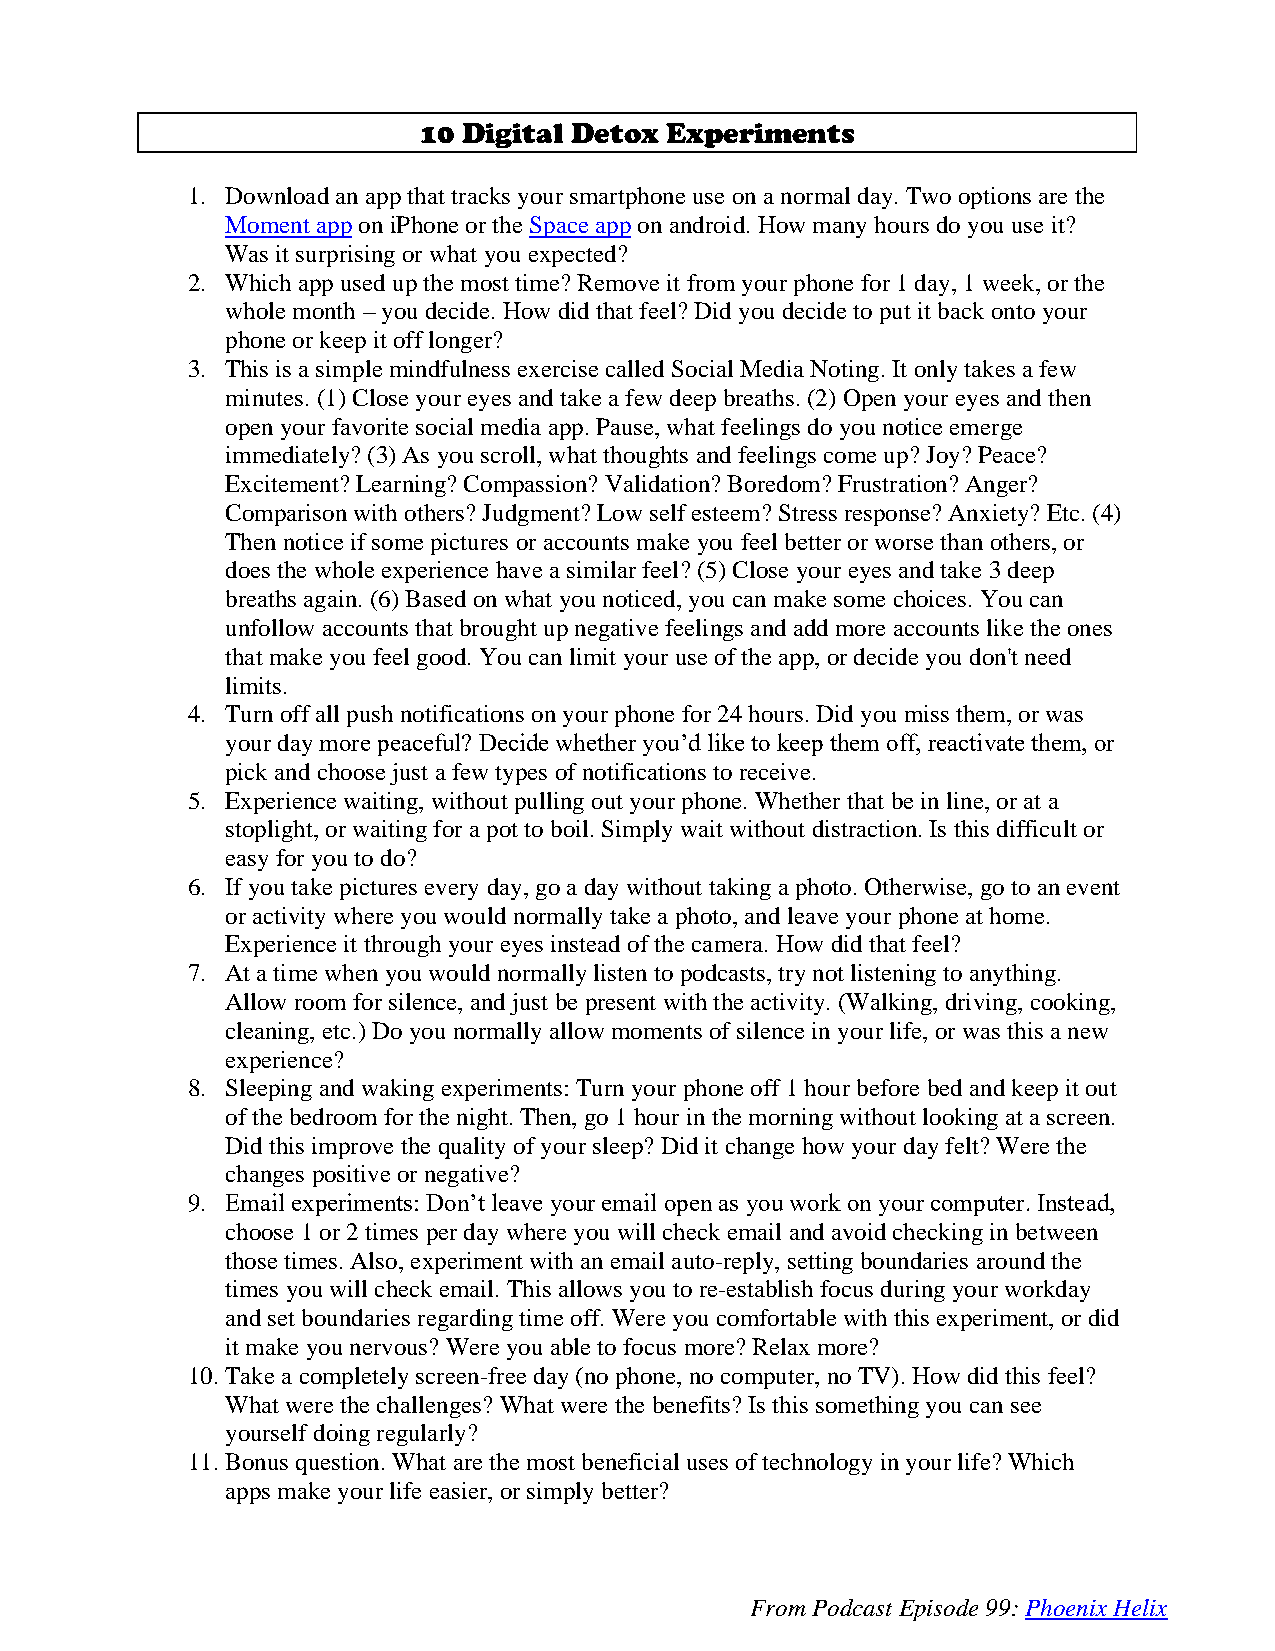
10 Digital Detox Experiments
 1. Download an app that tracks your smartphone use on a normal day. Two options are the
 Moment app on iPhone or the Space app on android. How many hours do you use it?
 Was it surprising or what you expected?
 2. Which app used up the most time? Remove it from your phone for 1 day, 1 week, or the
 whole month – you decide. How did that feel? Did you decide to put it back onto your
 phone or keep it off longer?
 3. This is a simple mindfulness exercise called Social Media Noting. It only takes a few
 minutes. (1) Close your eyes and take a few deep breaths. (2) Open your eyes and then
 open your favorite social media app. Pause, what feelings do you notice emerge
 immediately? (3) As you scroll, what thoughts and feelings come up? Joy? Peace?
 Excitement? Learning? Compassion? Validation? Boredom? Frustration? Anger?
 Comparison with others? Judgment? Low self esteem? Stress response? Anxiety? Etc. (4)
 Then notice if some pictures or accounts make you feel better or worse than others, or
 does the whole experience have a similar feel? (5) Close your eyes and take 3 deep
 breaths again. (6) Based on what you noticed, you can make some choices. You can
 unfollow accounts that brought up negative feelings and add more accounts like the ones
 that make you feel good. You can limit your use of the app, or decide you don't need
 limits.
 4. Turn off all push notifications on your phone for 24 hours. Did you miss them, or was
 your day more peaceful? Decide whether you’d like to keep them off, reactivate them, or
 pick and choose just a few types of notifications to receive.
 5. Experience waiting, without pulling out your phone. Whether that be in line, or at a
 stoplight, or waiting for a pot to boil. Simply wait without distraction. Is this difficult or
 easy for you to do?
 6. If you take pictures every day, go a day without taking a photo. Otherwise, go to an event
 or activity where you would normally take a photo, and leave your phone at home.
 Experience it through your eyes instead of the camera. How did that feel?
 7. At a time when you would normally listen to podcasts, try not listening to anything.
 Allow room for silence, and just be present with the activity. (Walking, driving, cooking,
 cleaning, etc.) Do you normally allow moments of silence in your life, or was this a new
 experience?
 8. Sleeping and waking experiments: Turn your phone off 1 hour before bed and keep it out
 of the bedroom for the night. Then, go 1 hour in the morning without looking at a screen.
 Did this improve the quality of your sleep? Did it change how your day felt? Were the
 changes positive or negative?
 9. Email experiments: Don’t leave your email open as you work on your computer. Instead,
 choose 1 or 2 times per day where you will check email and avoid checking in between
 those times. Also, experiment with an email auto-reply, setting boundaries around the
 times you will check email. This allows you to re-establish focus during your workday
 and set boundaries regarding time off. Were you comfortable with this experiment, or did
 it make you nervous? Were you able to focus more? Relax more?
 10. Take a completely screen-free day (no phone, no computer, no TV). How did this feel?
 What were the challenges? What were the benefits? Is this something you can see
 yourself doing regularly?
 11. Bonus question. What are the most beneficial uses of technology in your life? Which
 apps make your life easier, or simply better?
 From Podcast Episode 99: Phoenix Helix